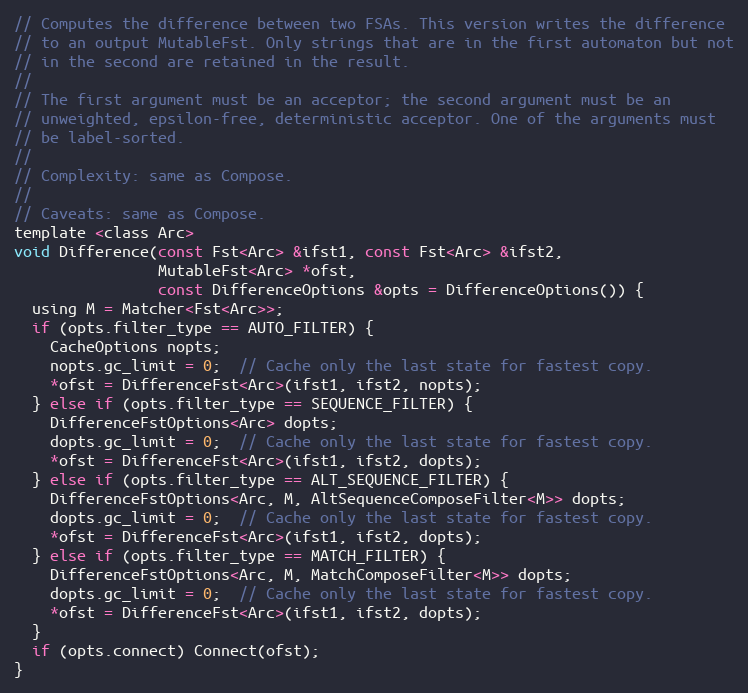
Language: C
// Computes the difference between two FSAs. This version writes the difference
// to an output MutableFst. Only strings that are in the first automaton but not
// in the second are retained in the result.
//
// The first argument must be an acceptor; the second argument must be an
// unweighted, epsilon-free, deterministic acceptor. One of the arguments must
// be label-sorted.
//
// Complexity: same as Compose.
//
// Caveats: same as Compose.
template <class Arc>
void Difference(const Fst<Arc> &ifst1, const Fst<Arc> &ifst2,
                MutableFst<Arc> *ofst,
                const DifferenceOptions &opts = DifferenceOptions()) {
  using M = Matcher<Fst<Arc>>;
  if (opts.filter_type == AUTO_FILTER) {
    CacheOptions nopts;
    nopts.gc_limit = 0;  // Cache only the last state for fastest copy.
    *ofst = DifferenceFst<Arc>(ifst1, ifst2, nopts);
  } else if (opts.filter_type == SEQUENCE_FILTER) {
    DifferenceFstOptions<Arc> dopts;
    dopts.gc_limit = 0;  // Cache only the last state for fastest copy.
    *ofst = DifferenceFst<Arc>(ifst1, ifst2, dopts);
  } else if (opts.filter_type == ALT_SEQUENCE_FILTER) {
    DifferenceFstOptions<Arc, M, AltSequenceComposeFilter<M>> dopts;
    dopts.gc_limit = 0;  // Cache only the last state for fastest copy.
    *ofst = DifferenceFst<Arc>(ifst1, ifst2, dopts);
  } else if (opts.filter_type == MATCH_FILTER) {
    DifferenceFstOptions<Arc, M, MatchComposeFilter<M>> dopts;
    dopts.gc_limit = 0;  // Cache only the last state for fastest copy.
    *ofst = DifferenceFst<Arc>(ifst1, ifst2, dopts);
  }
  if (opts.connect) Connect(ofst);
}